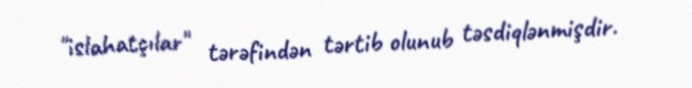
"islahatçılar" tərəfindən tərtib olunub təsdiqlənmişdir.